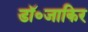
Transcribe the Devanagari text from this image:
डॉ॰जाकिर